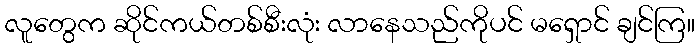
လူတွေက ဆိုင်ကယ်တစ်စီးလုံး လာနေသည်ကိုပင် မရှောင် ချင်ကြ။